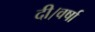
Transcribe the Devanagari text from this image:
दी।वर्षा